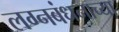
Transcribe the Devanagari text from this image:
लग्नबंधनाच्या